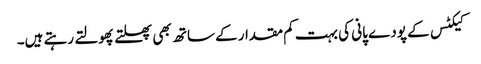
کیکٹس کے پودے پانی کی بہت کم مقدار کے ساتھ بھی پھلتے پھولتے رہتے ہیں۔